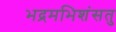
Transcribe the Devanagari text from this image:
भद्रमभिशंसतु